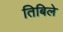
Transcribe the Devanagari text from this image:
तिबिले